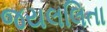
જયલલિતા